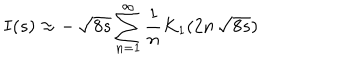
LaTeX: I ( s ) \approx - \, \sqrt { 8 s } \sum _ { n = 1 } ^ { \infty } { \frac { 1 } { n } } K _ { 1 } ( 2 n \, \sqrt { 8 s } )